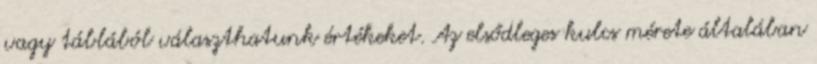
vagy táblából választhatunk értékeket. Az elsődleges kulcs mérete általában